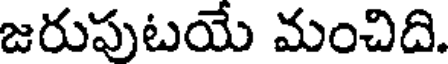
జరుపుటయే మంచిది.